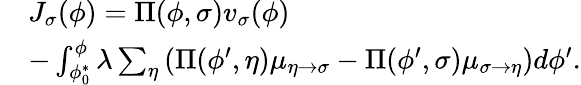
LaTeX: \begin{array}{rl}&{J_{\sigma}(\phi)=\Pi(\phi,\sigma)v_{\sigma}(\phi)}\\ &{-\int_{\phi_{0}^{*}}^{\phi}\lambda\sum_{\eta}\left(\Pi(\phi^{\prime},\eta)\mu_{\eta\rightarrow\sigma}-\Pi(\phi^{\prime},\sigma)\mu_{\sigma\rightarrow\eta}\right)d\phi^{\prime}.}\end{array}